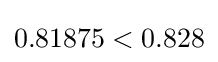
0.81875<0.828